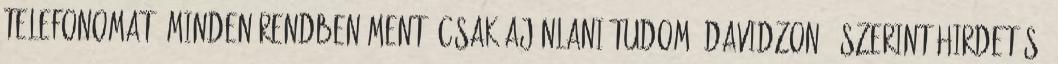
telefonomat. Minden rendben ment. Csak ajánlani tudom. davidzon94 szerint:Hirdetés: